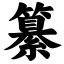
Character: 纂